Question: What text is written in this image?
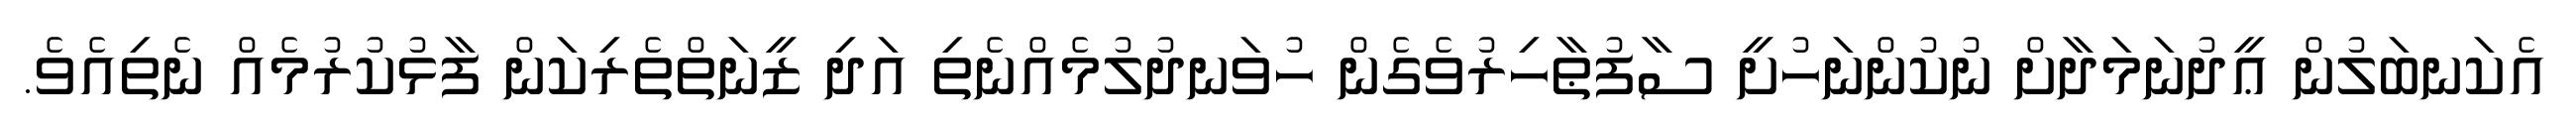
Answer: އެކަނބަލުން ޢީދުނަމަދާށް ނުކުންނަހުށީ ސާފުޠާހިރުވެގެން ހުވަނދުލުމެއްނެތި އަދި ޒީނަތްތެރިކަން ފާޅުކުރުމެއް ނެތިއެވެ.